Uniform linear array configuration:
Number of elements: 64
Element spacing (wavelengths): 0.75
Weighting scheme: uniform
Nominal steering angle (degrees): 30
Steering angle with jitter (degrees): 29.346
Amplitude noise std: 0.05
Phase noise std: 0.05

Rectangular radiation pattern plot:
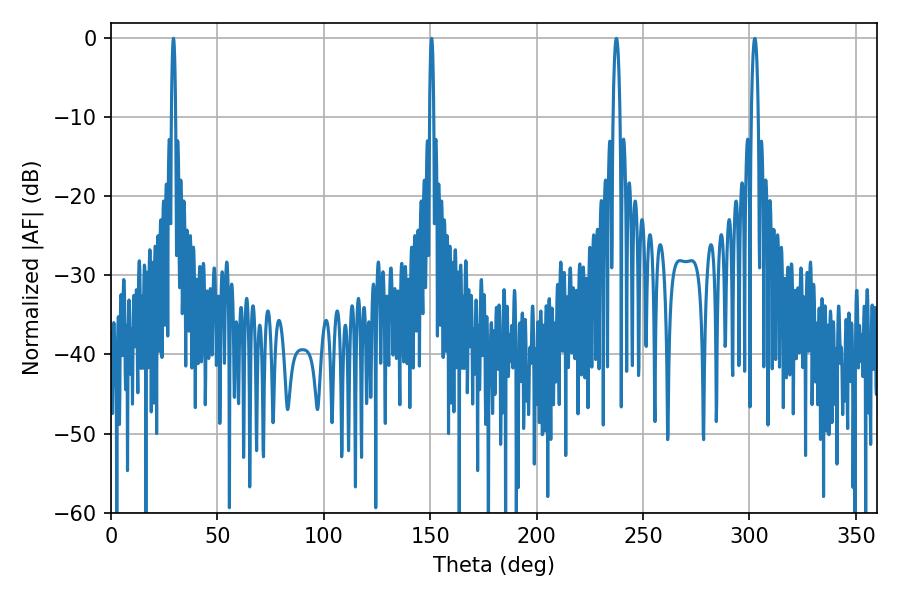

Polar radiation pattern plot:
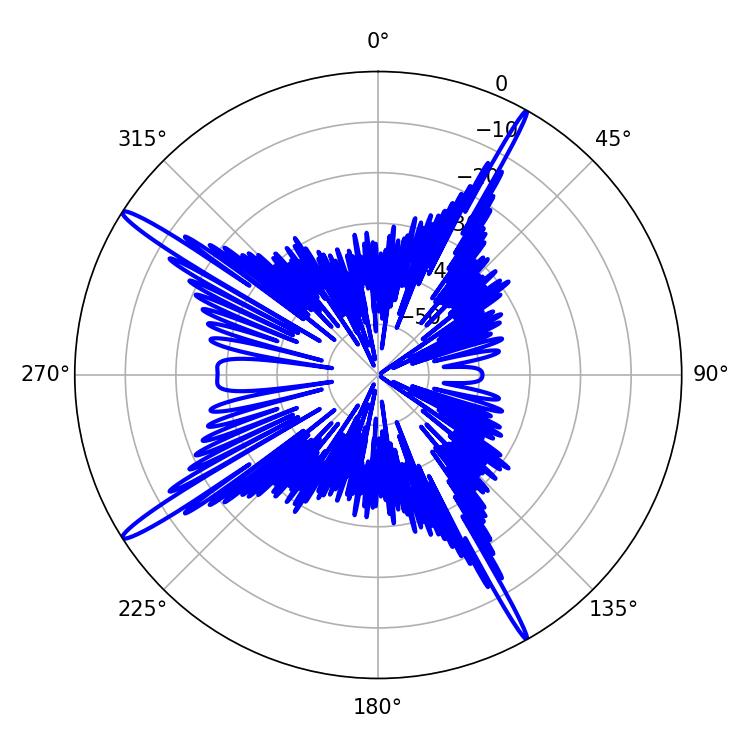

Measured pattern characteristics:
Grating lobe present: TRUE
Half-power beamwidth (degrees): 1.08
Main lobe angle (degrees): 29.34